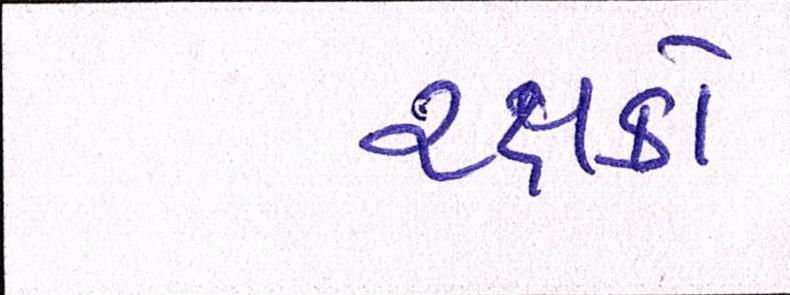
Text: રક્ષકો